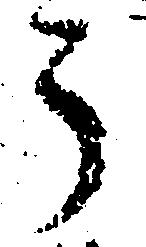
う